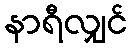
နာရီလျှင်